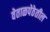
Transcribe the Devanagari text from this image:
वेताळपेठेतील